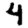
Digit: 4